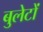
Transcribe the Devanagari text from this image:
बुलेटों